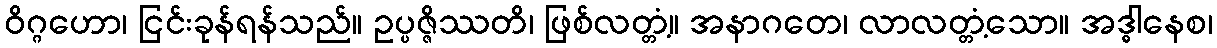
ဝိဂ္ဂဟော၊ ငြင်းခုန်ရန်သည်။ ဥပ္ပဇ္ဇိဿတိ၊ ဖြစ်လတ္တံ့။ အနာဂတေ၊ လာလတ္တံ့သော။ အဒ္ဓါနေစ၊